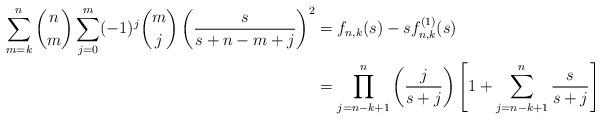
LaTeX: \begin{align*}\sum_{m=k}^{n} \binom{n}{m} \sum_{j=0}^{m} (-1)^{j}\binom{m}{j}\left( \frac{s}{s+n-m+j}\right)^{2} &=f_{n,k}(s) -s f^{(1)}_{n,k}(s) \\&=\prod_{j=n-k+1}^{n}\left(\frac{j}{s+j}\right)\left[ 1+ \sum_{j=n-k+1}^{n}\frac{s}{s+j} \right] \end{align*}